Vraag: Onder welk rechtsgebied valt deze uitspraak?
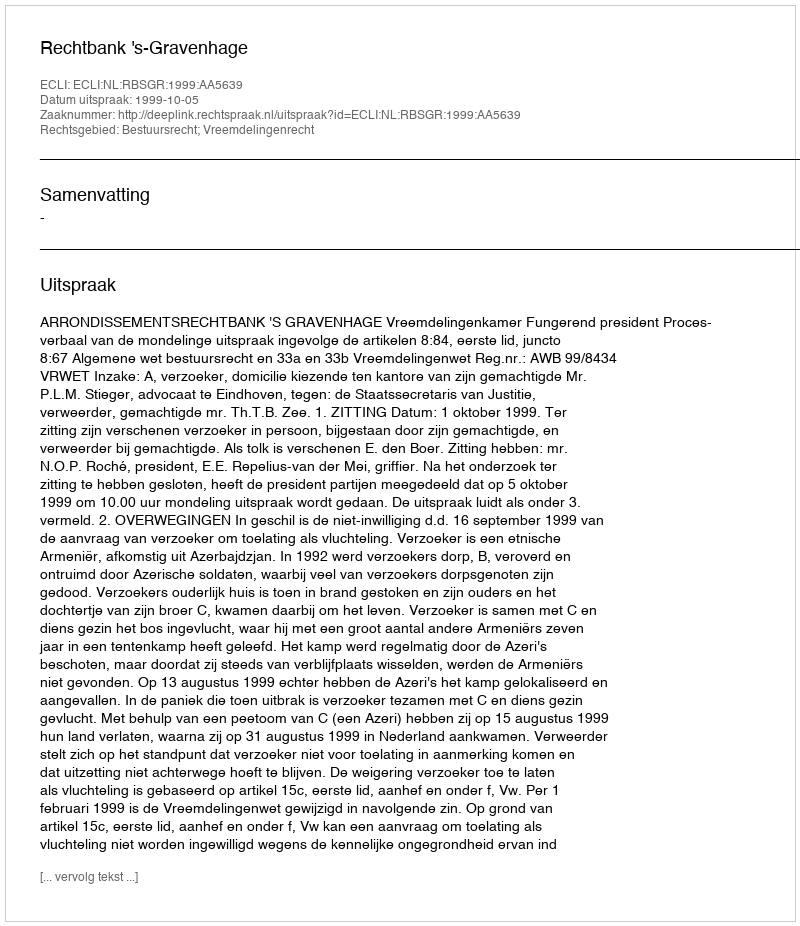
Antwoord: Bestuursrecht; Vreemdelingenrecht